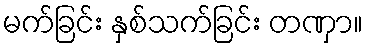
မက်ခြင်း နှစ်သက်ခြင်း တဏှာ။